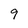
Character: 9